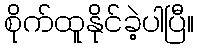
စိုက်ထူနိုင်ခဲ့ပါပြီ။